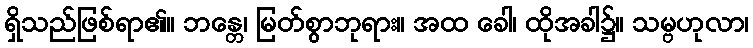
ရှိသည်ဖြစ်ရာ၏။ ဘန္တေ၊ မြတ်စွာဘုရား။ အထ ခေါ၊ ထိုအခါ၌။ သမ္ဗဟုလာ၊